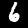
Label: 6